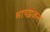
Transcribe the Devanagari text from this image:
भापइंजन